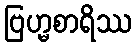
ဗြဟ္မစာရိဿ